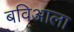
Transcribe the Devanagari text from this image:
बविआला